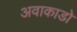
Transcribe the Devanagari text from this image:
अवाकाडो